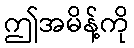
ဤအမိန့်ကို